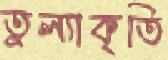
তুল্যাকৃতি